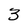
Character: 3